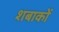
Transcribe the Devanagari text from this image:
शबाकों